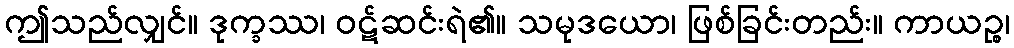
ဤသည်လျှင်။ ဒုက္ခဿ၊ ဝဋ်ဆင်းရဲ၏။ သမုဒယော၊ ဖြစ်ခြင်းတည်း။ ကာယဉ္စ၊